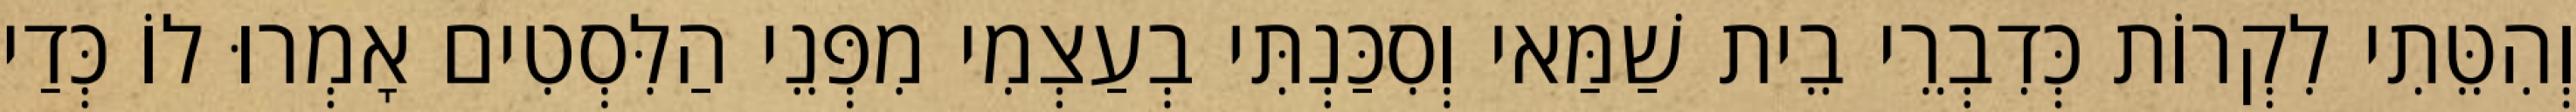
וְהִטֵּתִי לִקְרוֹת כְּדִבְרֵי בֵית שַׁמַּאי וְסִכַּנְתִּי בְעַצְמִי מִפְּנֵי הַלִּסְטִים אָמְרוּ לוֹ כְּדַי